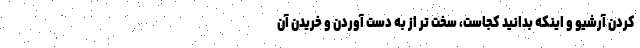
کردن آرشیو و اینکه بدانید کجاست، سخت تر از به دست آوردن و خریدن آن